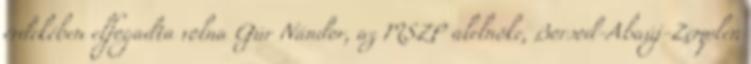
érdekében elfogadta volna Gúr Nándor, az MSZP alelnöke, Borsod-Abaúj-Zemplén